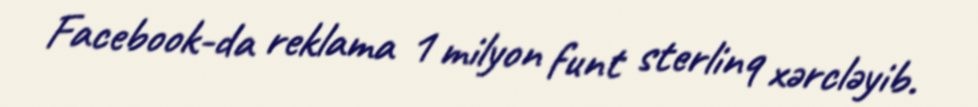
Facebook-da reklama 1 milyon funt sterlinq xərcləyib.